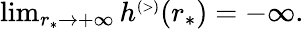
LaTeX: \begin{array}{r}{\operatorname*{lim}_{r_{*}\to+\infty}h^{\scriptscriptstyle(>)}(r_{*})=-\infty.}\end{array}